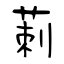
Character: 莿